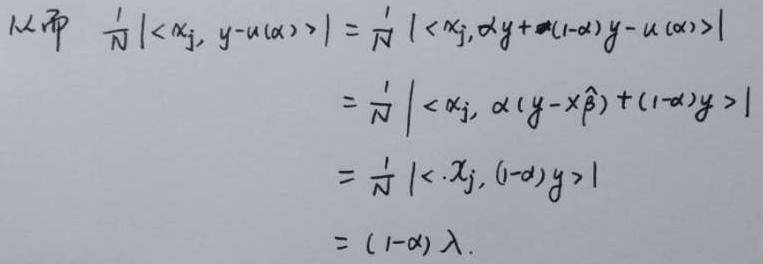
\[
\begin{align*}
\frac{1}{N}|\langle x_j, y - u(\alpha)\rangle| & = \frac{1}{N}|\langle x_j, \alpha y + (1 - \alpha)y - u(\alpha)\rangle|\\
& = \frac{1}{N}|\langle x_j, \alpha (y - x\hat{\beta}) + (1 - \alpha)y\rangle|\\
& = \frac{1}{N}|\langle x_j, (1 - \alpha)y\rangle|\\
& = (1 - \alpha)\lambda.
\end{align*}
\]